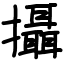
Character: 攝